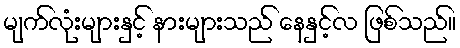
မျက်လုံးများနှင့် နားများသည် နေနှင့်လ ဖြစ်သည်။